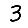
Digit: 3